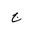
Letter: _gim